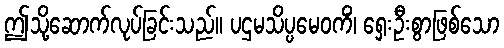
ဤသို့ဆောက်လုပ်ခြင်းသည်။ ပဌမသိပ္ပမေဝကိံ၊ ရှေးဦးစွာဖြစ်သော